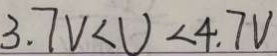
3 . 7 V < U < 4 . 7 V